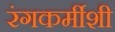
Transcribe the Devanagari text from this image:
रंगकर्मीशी